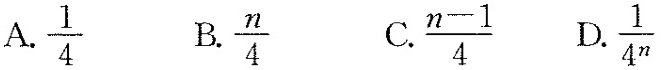
A.\frac{1}{4} B.\frac{n}{4} C.\frac{n-1}{4} D.\frac{1}{4^{n}}